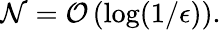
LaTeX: \mathcal{N}=\mathcal{{O}}\left(\log(1/\epsilon)\right).